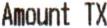
AMOUNT TX